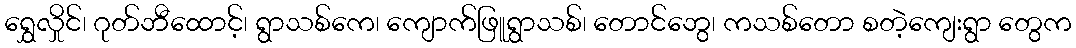
ရွှေလှိုင်၊ ဂုတ်ဘီထောင့်၊ ရွာသစ်ကေ၊ ကျောက်ဖြူရွာသစ်၊ တောင်ဘွေ၊ ကသစ်တော စတဲ့ကျေးရွာ တွေက